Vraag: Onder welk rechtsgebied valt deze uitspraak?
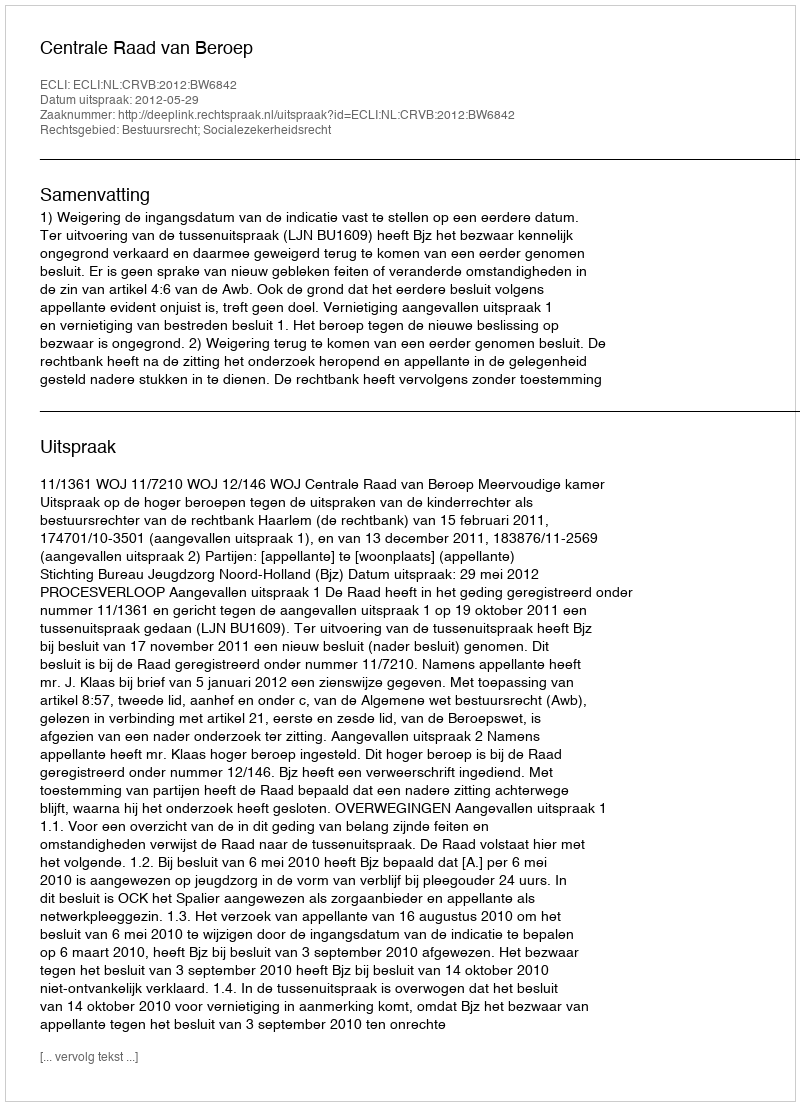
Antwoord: Bestuursrecht; Socialezekerheidsrecht